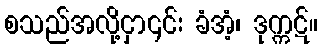
စသည်အလို့ငှာ၎င်း ခံအံ့၊ ဒုက္ကဋ်။